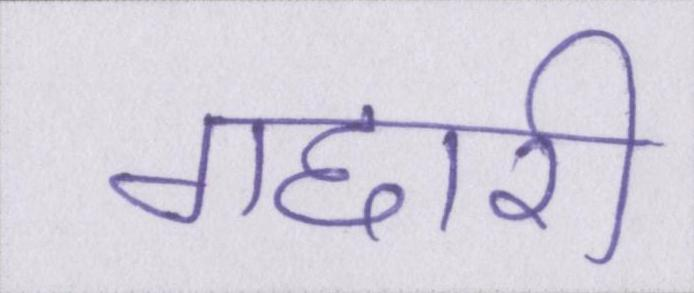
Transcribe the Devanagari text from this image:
गद्दारी